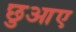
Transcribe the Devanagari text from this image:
छुआए